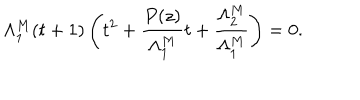
\Lambda _ { 1 } ^ { M } ( t + 1 ) \left( t ^ { 2 } + \frac { P ( z ) } { \Lambda _ { 1 } ^ { M } } t + \frac { \Lambda _ { 2 } ^ { M } } { \Lambda _ { 1 } ^ { M } } \right) = 0 .